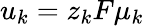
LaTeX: u_{k}=z_{k}F\mu_{k}